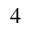
4